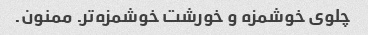
چلوی خوشمزه و خورشت خوشمزه‌تر. ممنون.